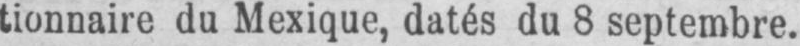
tionnaire du Mexique, datés du 8 septembre.